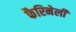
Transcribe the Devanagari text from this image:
फैरिनेली